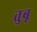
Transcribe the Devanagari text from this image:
तुबू